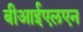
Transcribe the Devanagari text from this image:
बीआईएलएन